Plague in India, 1896, 1897 - Volume 2
Year: 1896
Disease focus: Plague
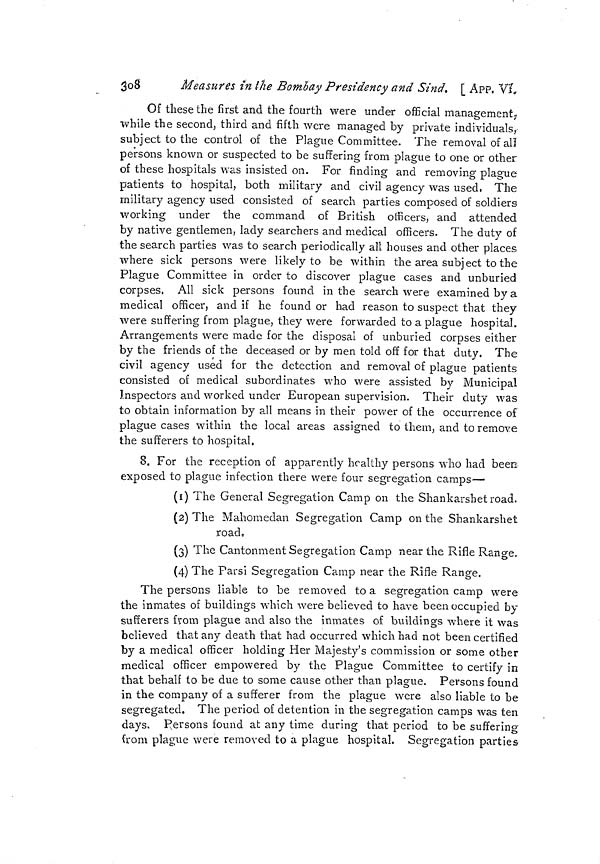
3o8
Measures in the Bombay Presidency and Sind. [ APP, VI,
Of these the first and the fourth were under official management;
while the second, third and fifth were managed by private individuals,
subject to the control of the Plague Committee. The removal of all
persons known or suspected to be suffering from plague to one or other
of these hospitals was insisted on. For finding and removing plague
patients to hospital, both military and civil agency was used, The
military agency used consisted of search parties composed of soldiers
working under the command of British officers, and attended
by native gentlemen, lady searchers and medical officers. The duty of
the search parties was to search periodically all houses and other places
where sick persons were likely to be within the area subj ect to the
Plague Committee in order to discover plague cases and unburied
corpses, All sick persons found in the search were examined by a
medical officer, and if he found or had reason to suspect that they
were suffering from plague, they were forwarded to a plague hospital.
Arrangements were made for the disposal of unburied corpses either
by the friends of the deceased or by men told off for that duty. The
civil agency used for the detection and removal of plague patients
consisted of medical subordinates who were assisted by Municipal
Inspectors and worked under European supervision. Their duty was
to obtain information by all means in their power of the occurrence of
plague cases within the local areas assigned to them, and to remove
the sufferers to hospital,
8. For the reception of apparently healthy persons who had been
exposed to plague infection there were four segregation camps—
(1) The General Segregation Camp on the Shankarshetroad.
(2) The Mahomedan Segregation Camp on the Shankarshet
road,
(3) The Cantonment Segregation Camp near the Rifle Range.
(4) The Parsi Segregation Camp near the Rifle Range.
The persons liable to be removed to a segregation camp were
the inmates of buildings which were believed to have been occupied by
sufferers from plague and also the inmates of buildings where it was
believed that any death that had occurred which had not been certified
by a medical officer holding Her Majesty's commission or some other
medical officer empowered by the Plague Committee to certify in
that behalf to be due to some cause other than plague. Persons found
in the company of a sufferer from the plague were also liable to be
segregated. The period of detention in the segregation camps was ten
days, persons found at any time during that period to be suffering
from plague were removed to a plague hospital. Segregation parties